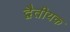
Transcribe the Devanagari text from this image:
द्वैतीयक